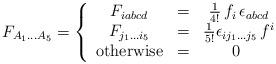
LaTeX: \begin{align*}F_{A_1 \dots A_5} =\left\{ \begin{array}{ccc} F_{i abcd} & = & \frac {1} {4!} \, f_i \, \epsilon_{abcd} \\ F_{ j_1\dots i_5} & = & \frac{1}{5!} \epsilon_{i j_1\dots j_5} \, f^i \\ \mbox{otherwise} & = & 0 \ \end{array} \right.\end{align*}